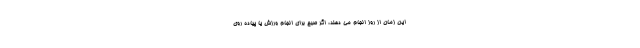
این زمان از روز انجام می دهند، اگر صبح برای انجام ورزش یا پیاده روی